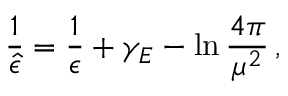
{ \frac { 1 } { \hat { \epsilon } } } = { \frac { 1 } { \epsilon } } + \gamma _ { E } - \ln { \frac { 4 \pi } { \mu ^ { 2 } } } \, ,